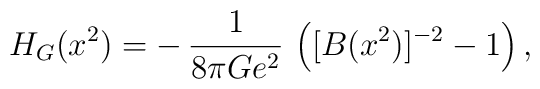
H_G(x^2) = -\,{1\over 8\pi G e^2}\,\left([B(x^2)]^{-2} - 1\right),